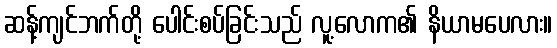
ဆန့်ကျင်ဘက်တို့ ပေါင်းစပ်ခြင်းသည် လူ့လောက၏ နိယာမပေလား။